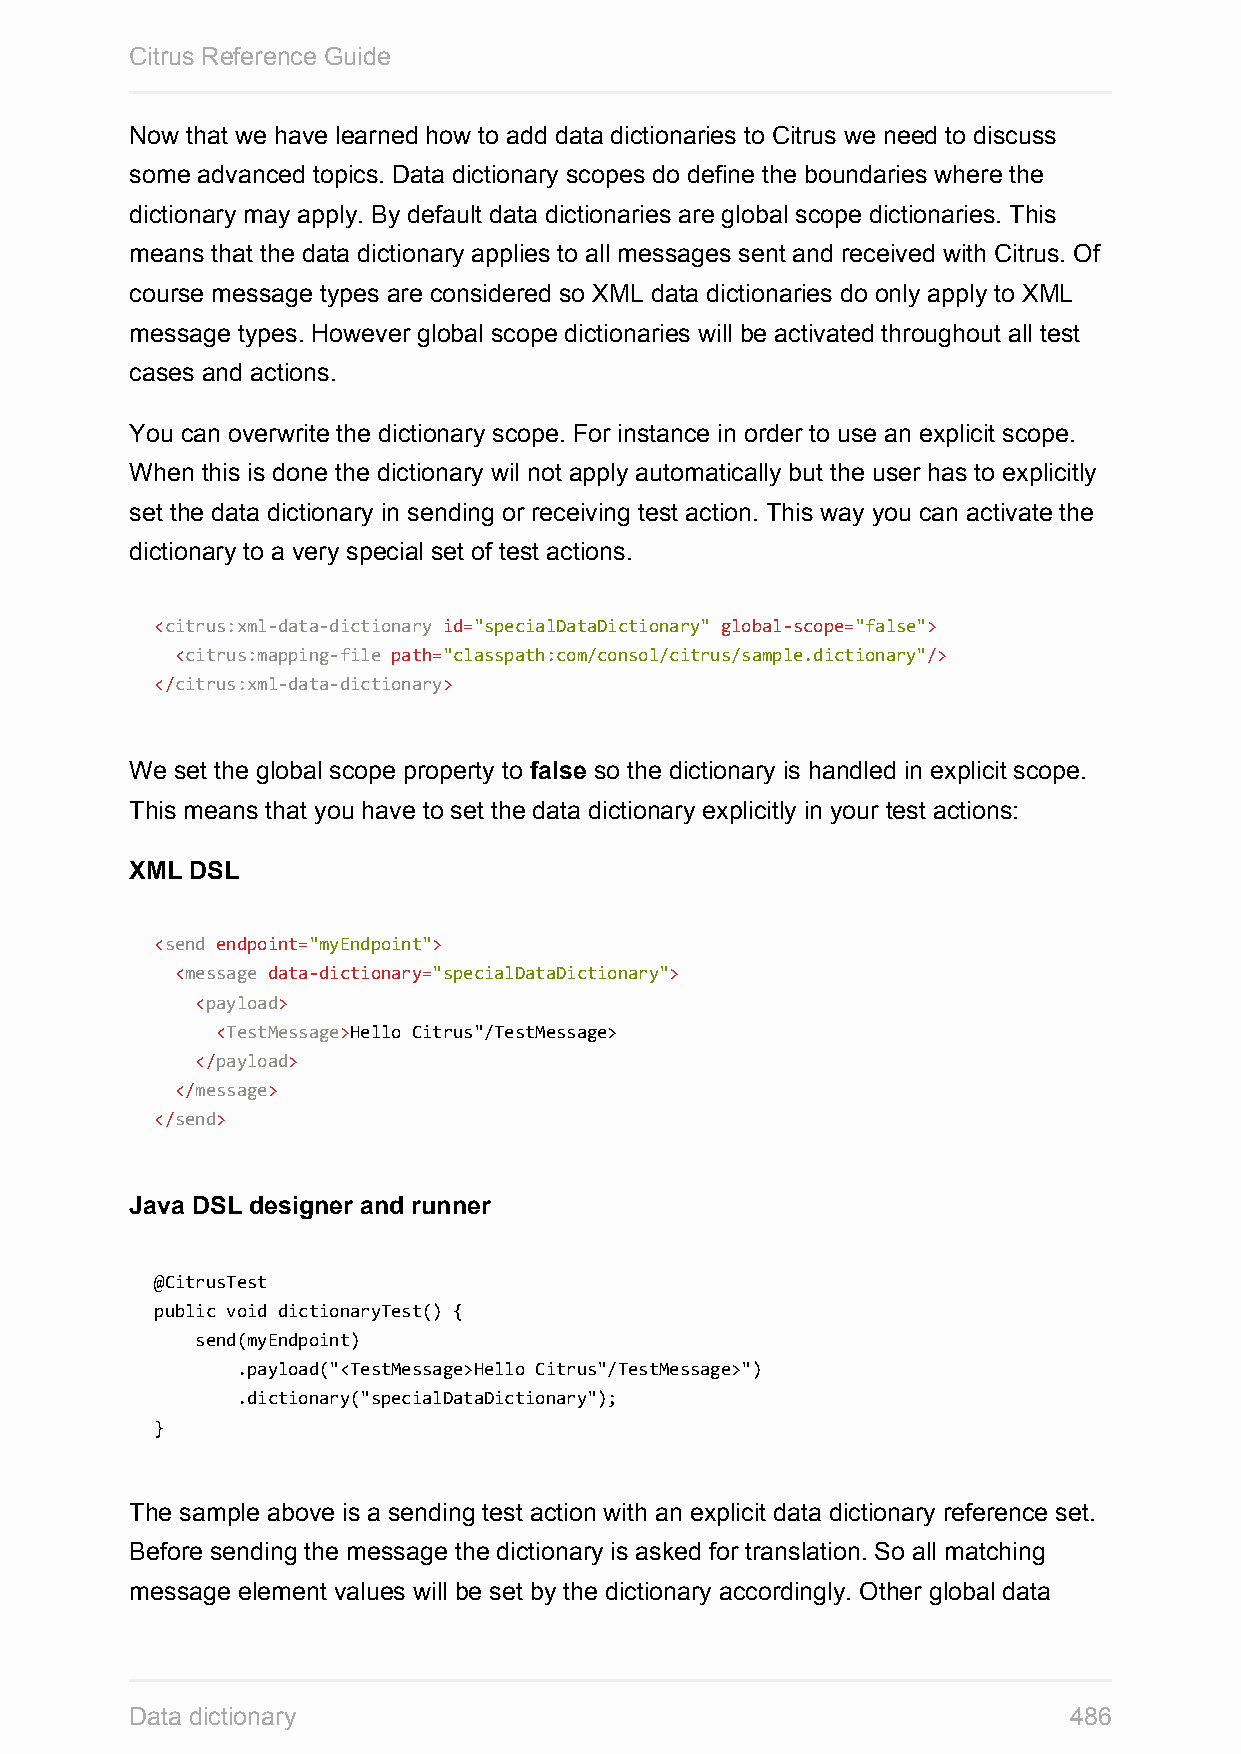
Citrus Reference Guide
 Now that we have learned how to add data dictionaries to Citrus we need to discuss
 some advanced topics. Data dictionary scopes do define the boundaries where the
 dictionary may apply. By default data dictionaries are global scope dictionaries. This
 means that the data dictionary applies to all messages sent and received with Citrus. Of
 course message types are considered so XML data dictionaries do only apply to XML
 message types. However global scope dictionaries will be activated throughout all test
 cases and actions.
 You can overwrite the dictionary scope. For instance in order to use an explicit scope.
 When this is done the dictionary wil not apply automatically but the user has to explicitly
 set the data dictionary in sending or receiving test action. This way you can activate the
 dictionary to a very special set of test actions.
 <citrus:xml-data-dictionary id="specialDataDictionary" global-scope="false">
 <citrus:mapping-file path="classpath:com/consol/citrus/sample.dictionary"/>
 </citrus:xml-data-dictionary>
 We set the global scope property to false so the dictionary is handled in explicit scope.
 This means that you have to set the data dictionary explicitly in your test actions:
 XML DSL
 <send endpoint="myEndpoint">
 <message data-dictionary="specialDataDictionary">
 <payload>
 <TestMessage>Hello Citrus"/TestMessage>
 </payload>
 </message>
 </send>
 Java DSL designer and runner
 @CitrusTest
 public void dictionaryTest() {
 send(myEndpoint)
 .payload("<TestMessage>Hello Citrus"/TestMessage>")
 .dictionary("specialDataDictionary");
 }
 The sample above is a sending test action with an explicit data dictionary reference set.
 Before sending the message the dictionary is asked for translation. So all matching
 message element values will be set by the dictionary accordingly. Other global data
 Data dictionary                                               486